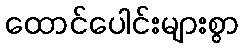
ထောင်ပေါင်းများစွာ